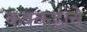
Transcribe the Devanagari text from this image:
कक्कडांचे